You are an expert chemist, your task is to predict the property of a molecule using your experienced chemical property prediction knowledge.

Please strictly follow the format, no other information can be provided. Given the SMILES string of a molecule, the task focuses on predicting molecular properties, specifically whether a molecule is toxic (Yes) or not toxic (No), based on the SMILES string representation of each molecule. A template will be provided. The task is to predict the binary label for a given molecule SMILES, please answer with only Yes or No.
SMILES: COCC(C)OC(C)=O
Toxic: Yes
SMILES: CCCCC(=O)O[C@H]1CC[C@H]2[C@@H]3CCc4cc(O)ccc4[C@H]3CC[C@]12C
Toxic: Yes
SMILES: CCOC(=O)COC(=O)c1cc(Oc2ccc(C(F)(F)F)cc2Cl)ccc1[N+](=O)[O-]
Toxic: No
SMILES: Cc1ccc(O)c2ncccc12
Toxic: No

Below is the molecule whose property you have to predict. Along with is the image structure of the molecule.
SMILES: COc1nc(C)nc(NC(=O)NS(=O)(=O)c2ccccc2Cl)n1
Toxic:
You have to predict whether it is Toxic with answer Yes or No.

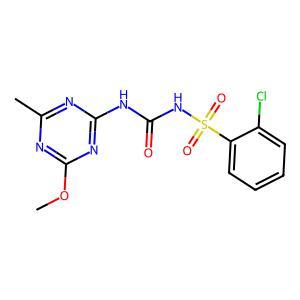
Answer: No